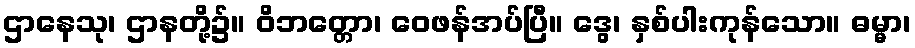
ဌာနေသု၊ ဌာနတို့၌။ ဝိဘတ္တော၊ ဝေဖန်အပ်ပြီ။ ဒွေ၊ နှစ်ပါးကုန်သော။ ဓမ္မာ၊